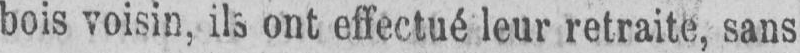
bois voisin, ils ont effectué leur retraite, sans